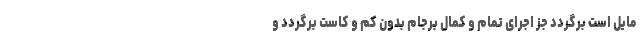
مایل است برگردد جز اجرای تمام و کمال برجام بدون کم و کاست برگردد و